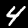
Label: 4